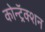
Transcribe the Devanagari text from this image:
कोन्ट्रॅक्शन